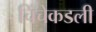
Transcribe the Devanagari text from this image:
चिंचेकडली